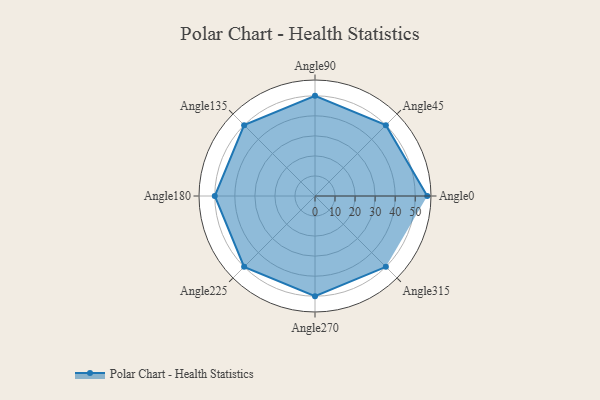
{"axis": {"x": "Angle", "y": "Radius"}, "legend": [""], "data": [{"x": "Angle0", "y": 56.0, "type": ""}, {"x": "Angle45", "y": 50.0, "type": ""}, {"x": "Angle90", "y": 50, "type": ""}, {"x": "Angle135", "y": 50, "type": ""}, {"x": "Angle180", "y": 50, "type": ""}, {"x": "Angle225", "y": 50, "type": ""}, {"x": "Angle270", "y": 50, "type": ""}, {"x": "Angle315", "y": 50, "type": ""}]}